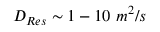
D _ { R e s } \sim 1 - 1 0 \ m ^ { 2 } / s